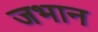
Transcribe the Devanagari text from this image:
जभान